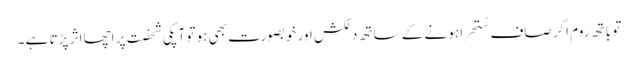
تو باتھ روم اگر صاف سُتھرا ہونے کے ساتھ دلکش اور خوبصورت بھی ہو تو آپکی شخصت پر اچھا اثر پڑتا ہے ۔